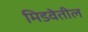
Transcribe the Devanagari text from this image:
मिडवेतील